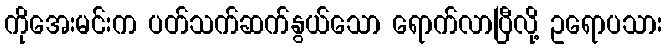
ကိုအေးမင်းက ပတ်သက်ဆက်နွယ်သော ရောက်လာပြီလို့ ဥရောပသား